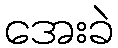
အေးခဲ